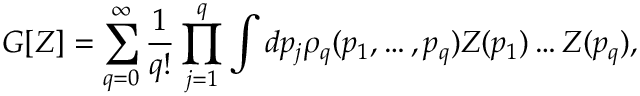
G [ Z ] = \sum _ { q = 0 } ^ { \infty } \frac { 1 } { q ! } \prod _ { j = 1 } ^ { q } \int d p _ { j } \rho _ { q } ( p _ { 1 } , \ldots , p _ { q } ) Z ( p _ { 1 } ) \ldots Z ( p _ { q } ) ,